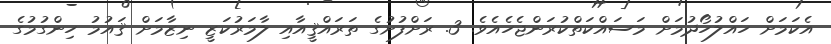
އެކަމަށް ހައްލުހޯދުމަށް މަސައްކަތްކުރަންޖެހެއެވެ. 3. ރަށްފުށުގެ ތަރައްޤީއާއި ލާމަރުކަޒީ ނިޒާމަށް ޤައުމު ހިންގުމުގެ